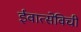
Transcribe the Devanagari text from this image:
ईवात्सेविची